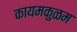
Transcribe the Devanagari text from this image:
कायमकुळम